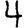
Digit: 4